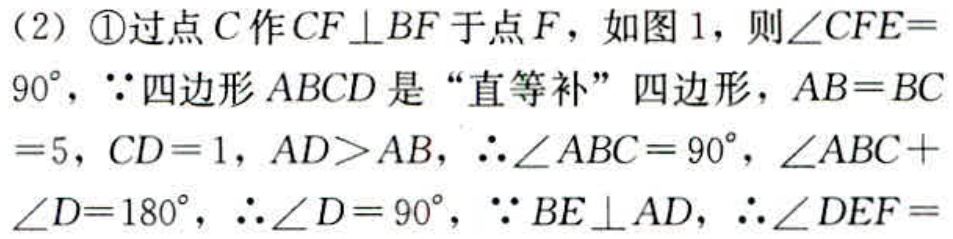
（2）\textcircled{1}过点\(C\)作\(CF\perp BF\)于点\(F\)，如图1，则\(\angle CFE = 90^{\circ}\)，\(\because\)四边形\(ABCD\)是“直等补”四边形，\(AB = BC=5\)，\(CD = 1\)，\(AD>AB\)，\(\therefore\angle ABC = 90^{\circ}\)，\(\angle ABC+\angle D = 180^{\circ}\)，\(\therefore\angle D = 90^{\circ}\)，\(\because BE\perp AD\)，\(\therefore\angle DEF =\)